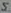
Text: 5